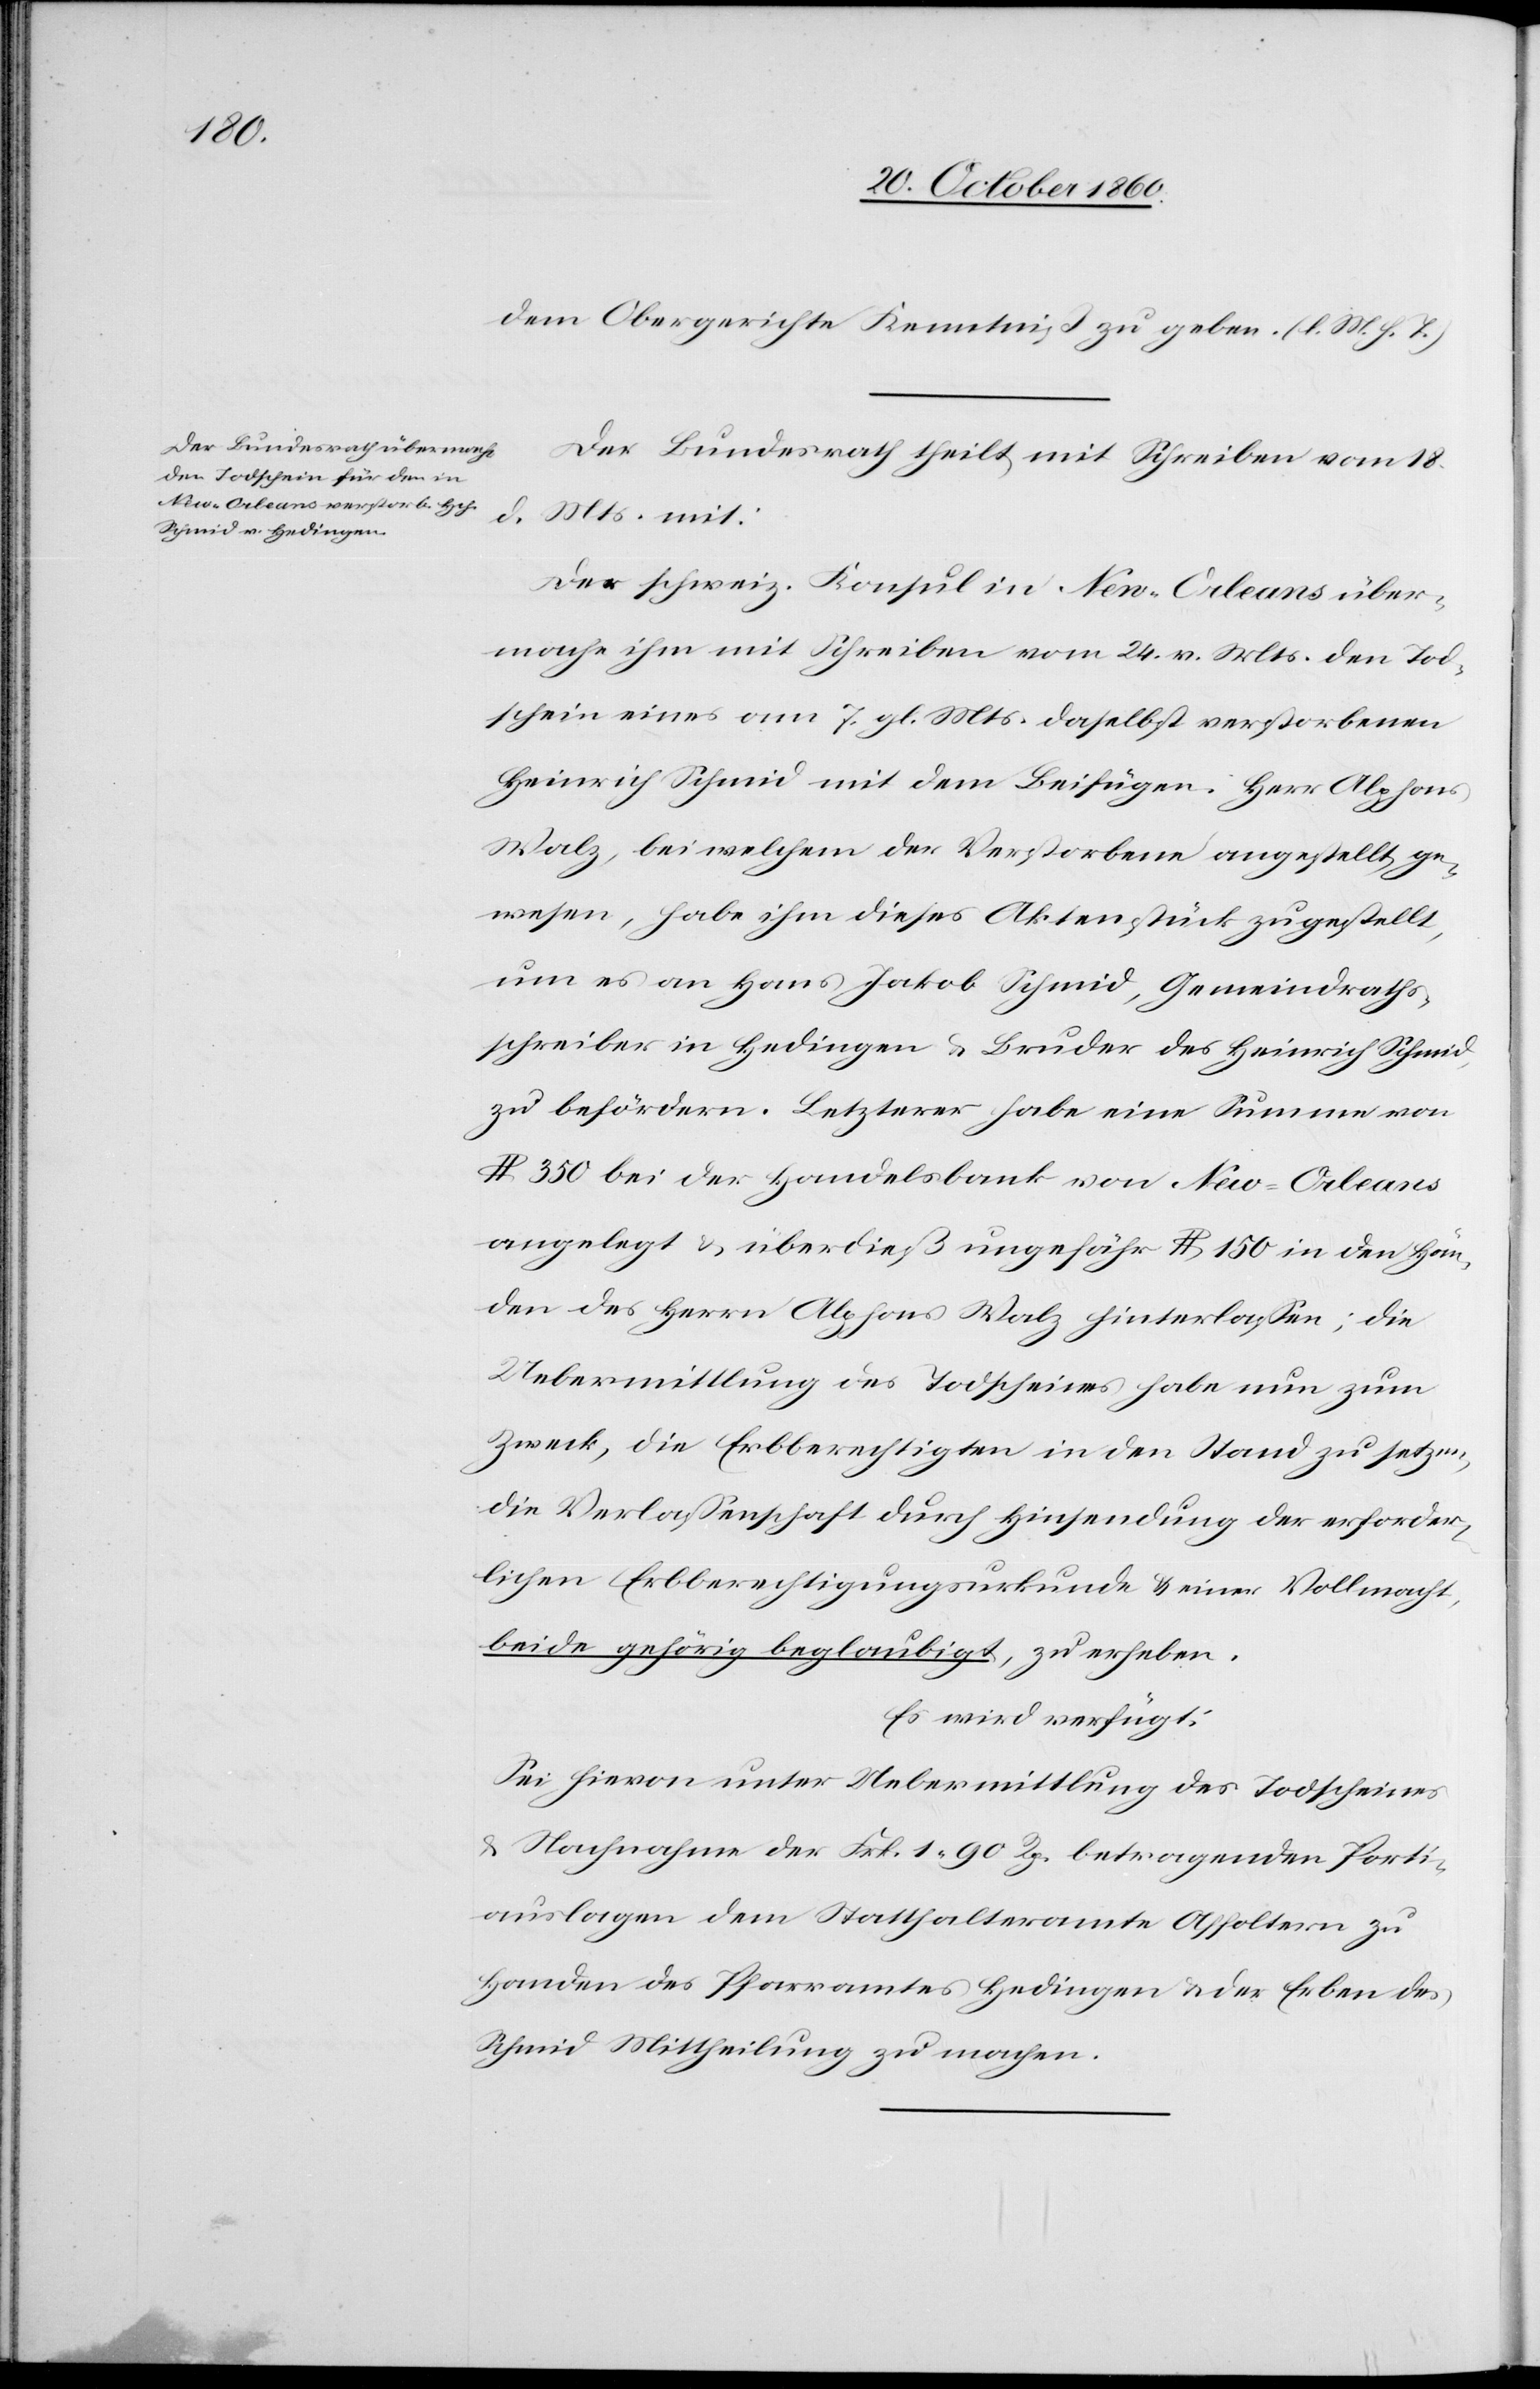
24. October 1860.]
dem Obergerichte Kenntniß zu geben (l. M. h. T.).
Der Bundesrath theilt mit Schreiben vom 18.
Mts. mit:
d.
Der schweiz. Konsul in New-Orleans über¬
machte ihm mit Schreiben vom 24. v. Mts. den Tod¬
schein eines am 7. gl. Mts. daselbst verstorbenen
Heinrich Schmid mit dem Beifügen: Herr Alphons
Walz, bei welchem der Verstorbene angestellt ge¬
wesen, habe ihm dieses Aktenstück zugestellt,
um es an Hans Jakob Schmid, Gemeindraths¬
schreiber in Hedingen u. Bruder des Heinrich Schmid,
zu befördern. Letzterer habe eine Summe von
$ 350 bei der Handelsbank von New-Orleans
angelegt u. überdieß ungefähr $ 150 in den Hän¬
den des Herrn Alphons Walz hinterlassen; die
Uebermittlung des Todscheines habe nun zum
Zweck, die Erbberechtigten in den Stand zu setzen,
die Verlassenschaft durch Hinsendung der erforder¬
lichen Erbberechtigungsurkunde u. einer Vollmacht,
beide gehörig beglaubigt, zu erheben.
Es wird verfügt:
Sei hievon unter Uebermittlung des Todscheines
u. Nachnahme der Frk. 1 90 Rp. betragenden Porti¬
auslagen dem Statthalteramte Affoltern zu
Handen des Pfarramtes Hedingen u. des Erben des
Schmid Mittheilung zu machen.